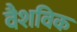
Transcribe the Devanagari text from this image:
वैशविक